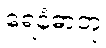
ရေနံဓာတု